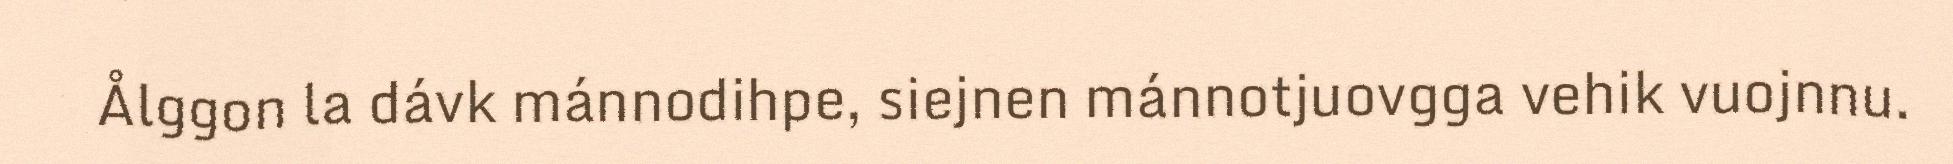
Ålggon la dávk mánnodihpe, siejnen mánnotjuovgga vehik vuojnnu.